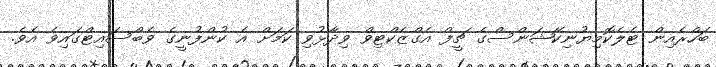
ބަހްރެއިން ޓެލެކޮމިޔުނިކޭޝަންސްގެ ޗީފް އެގްޒެކްޓިވް ވިދާޅުވި ކަމަށް އެ ކުންފުނީގެ ވެބްސައިޓްގައިވެ އެވެ.